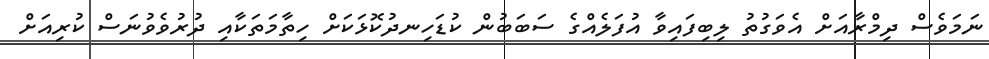
ނަމަވެސް ދިމްރާއަށް އެވަގުތު ލިބިފައިވާ އުފަލެއްގެ ސަބަބުން ކުޑަހިނދުކޮޅަކަށް ހިތާމަތަކާއި ދުރުވެވުނަސް ކުރިއަށް